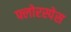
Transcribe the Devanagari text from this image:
फ्लोरस्पेस